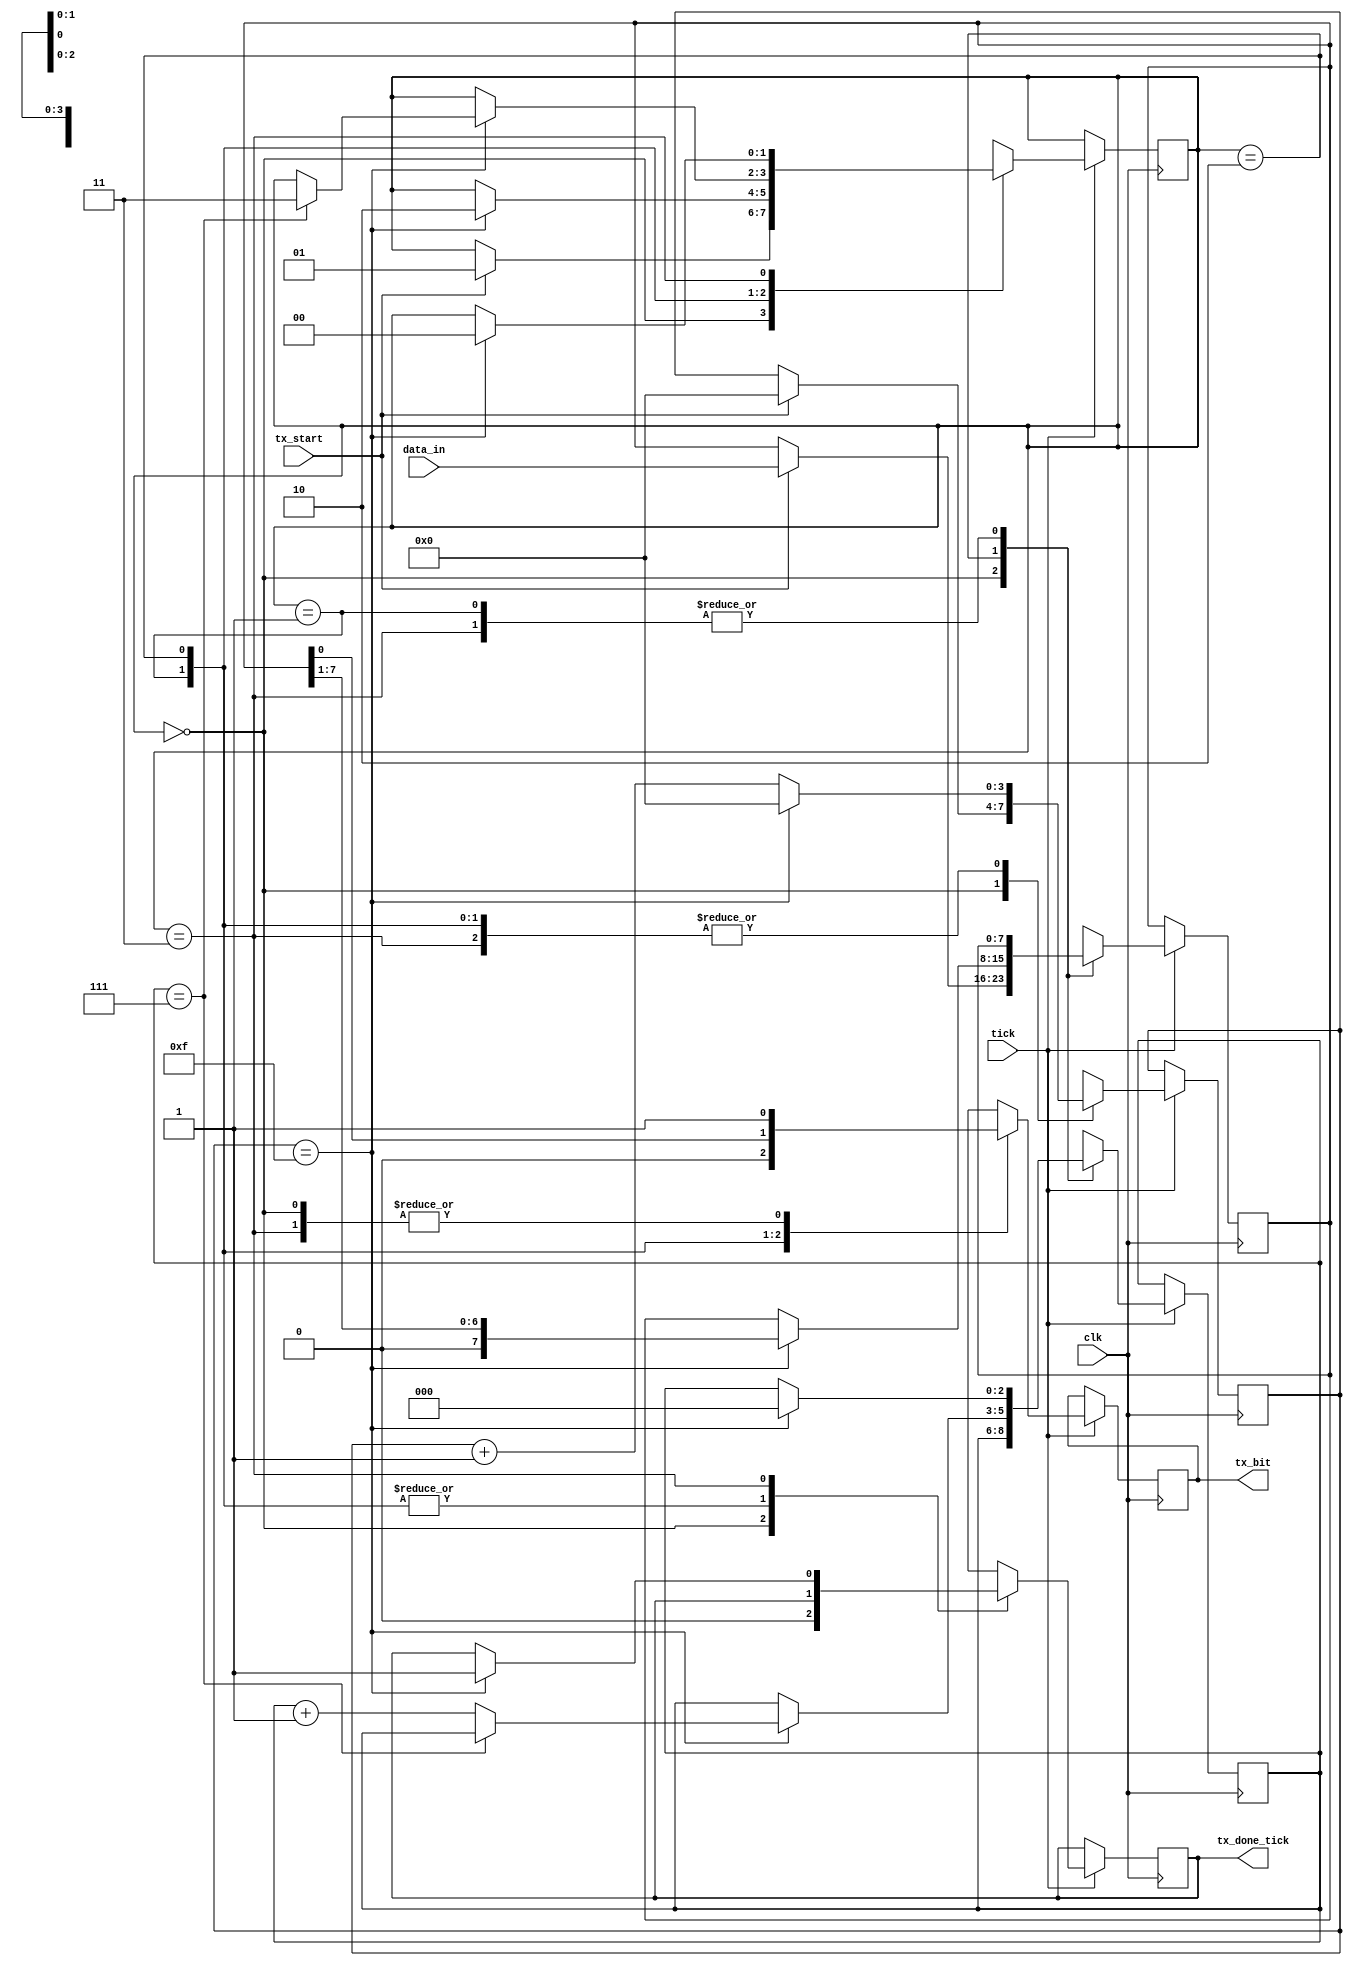
`timescale 1ns / 1ps
//////////////////////////////////////////////////////////////////////////////////
// Company: 
// Engineer: 
// 
// Design Name: 
// Module Name: receiver
// Project Name: 
// Target Devices: 
// Tool Versions: 
// Description: 
// 
// Dependencies: 
// 
// Revision:
// Revision 0.01 - File Created
// Additional Comments:
// 
//////////////////////////////////////////////////////////////////////////////////


`define NBIT_DATA_LEN 8

module TX_echo
(
	// input
	clk,			//??
	//reset,			//?
	tx_start,		// Inicio de la transmision
	tick,			// clock salida del br_gen
	data_in,		// resultado de la ALU que me lo pasa la interfaz

	// output
	tx_done_tick,	// fin de la transmision (se lo manda a la interfaz)
	tx_bit			// el dato que se transmite
);

parameter NBIT_DATA = `NBIT_DATA_LEN;	// largo del dato
parameter LEN_DATA = 3;//$clog2(NBIT_DATA); 
parameter NUM_TICKS = 16;
parameter LEN_NUM_TICKS = 4;//$clog2(NUM_TICKS); 

input clk;
//input reset;
input tx_start;
input tick;
input [NBIT_DATA-1:0] data_in;

output reg tx_done_tick=1'b0;
output tx_bit;

// Declaracion de estados
localparam [1:0] IDLE 	= 2'b 00;
localparam [1:0] START 	= 2'b 01;
localparam [1:0] DATA	= 2'b 10;
localparam [1:0] STOP 	= 2'b 11;

// declaracion de registros auxiliares
reg [1:0] state=IDLE;
reg [LEN_NUM_TICKS - 1:0] tick_counter=0;
reg [LEN_DATA - 1:0] num_bits=0;
reg [NBIT_DATA - 1:0] buffer=0;
reg tx_reg=1'b1;

//inicializacion
assign tx_bit = tx_reg;
//state = IDLE;
//tick_counter <= 0;
//num_bits <= 0;
//buffer <= 0;
//tx_done_tick <= 1'b0;
//tx_reg <= 1'b1; 
//~inicializacion

always @(posedge clk)
begin
	if(tick)
	begin
		case (state)
			IDLE:
				begin
					tx_reg = 1'b1; // avisa que esta en idle
					tx_done_tick=1'b0;
					if (tx_start) // cuando la interfaz me dice q empiece, empiezo
					begin
						state = START;
						tick_counter = 0;
						buffer = data_in;	//10101100
					end			 //10011010 	//00110101
				end				 //10101101
			START:
				begin
					tx_reg = 1'b0; // soy yo (Tx) quien tengo que avisar que empieza la trama
					if(tick_counter == NUM_TICKS-1) // ahora no me interesa posicionarme en el medio, sino que tengo que asegurarme que el bit va a estar en cero durante 16 ticks 
					begin
						state = DATA; // paso al estado DATA cuando termina el bit START
						tick_counter = 0;
						num_bits = 0;
					end
					else 
					begin
						tick_counter = tick_counter + 1;	
					end
				end
			DATA:
				begin
					tx_reg = buffer[0]; // empiezo a mandar el dato (escribiendolo en tx_reg, el cual esta cortocircuitado con tx_bit que es la salida al exterior)
					if(tick_counter == NUM_TICKS-1) // idem antes, espero 16 veces
					begin
						tick_counter = 0;
						buffer = buffer >> 1; // es para leer siempre desde la misma posicion
						if(num_bits == (NBIT_DATA - 1))
						begin
							state = STOP;
						end
						else 
						begin
							num_bits = num_bits + 1;	
						end
					end
					else 
					begin
						tick_counter = tick_counter + 1;	
					end
				end
			STOP:
				begin
					tx_reg = 1'b1; // el bit de stop esta definido como 1 (ademas, hay que dejarlo en 1 para que despues quede en IDLE y se detecte el START cuando se ponga en 0)
					if(tick_counter == (NUM_TICKS - 1))
					begin
						state = IDLE;
						tick_counter = 0;
						num_bits = 0;
						tx_done_tick = 1'b1;
					end
					else 
					begin
						tick_counter = tick_counter + 1;	
					end
				end

			default:
				begin
					state = IDLE; 
					tick_counter = 0; 
					num_bits = 0; 
					buffer = 0; // no sabemos si va en stop o no ???????????
					tx_reg = 1'b1;
					
				end
	endcase
	end
end
endmodule